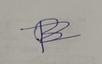
Signature authenticity: forged